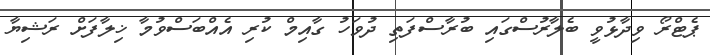
ޕެޓްރޯ ވިދާޅުވީ ބެލާރުސްގައި ބުރާސްފަތި ދުވަހު ގާއިމް ކުރި އެެއްބަސްވުމާ ޚިލާފަށް ރަޝިޔާ